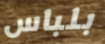
بلباس